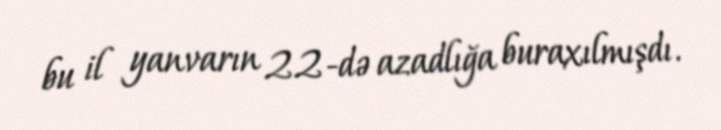
bu il yanvarın 22-də azadlığa buraxılmışdı.